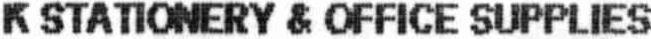
K STATIONERY & OFFICE SUPPLIES